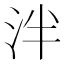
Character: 泮